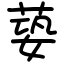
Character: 蒆